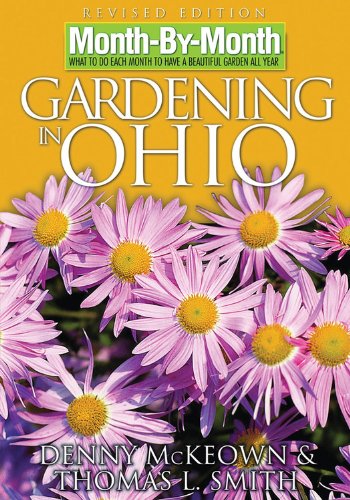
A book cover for Month-By-Month Gardening in Ohio; Denny McKeown; Crafts, Hobbies & Home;